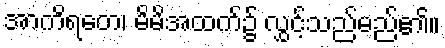
အာကိရတေ၊ မိမိအထက်၌ လွှင့်သည်မည်၏။